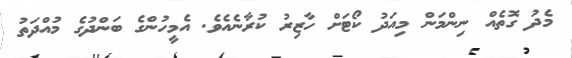
މެދު ގޮތެއް ނިންމަން މިއަދު ކޯޓަށް ހާޒިރު ކުރާނެއެވެ. އެމީހުންގެ ބަންދުގެ މުއްދަތު